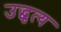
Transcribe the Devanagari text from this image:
उद्धृत्य